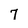
Character: 7